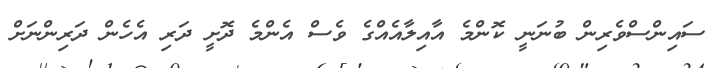
ސައިންސްވެރިން ބުނަނީ ކޮންމެ އާއިލާއެއްގެ ވެސް އެންމެ ދޮށީ ދަރި އެހެން ދަރިންނަށް